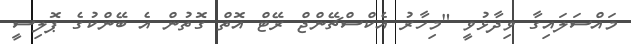
މައްސަލައިގާ ވިދާޅުވީ "މިހާރު އެކްސްޗޭންޖް ރޭޓް އޮތް ގޮތުން އެ ބޭންކުގެ ޕޮލިސީ